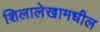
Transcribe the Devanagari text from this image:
शिलालेखामधील